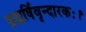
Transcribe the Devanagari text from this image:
ब्रह्मर्षिवृन्दारकः।